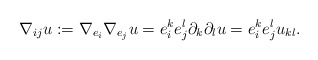
\begin{align*}\nabla_{ij} u:=\nabla_{e_i}\nabla_{e_j}u =e_i^ke_j^l\partial_{k}\partial_l u = e_i^k e_j^l u_{kl}.\end{align*}